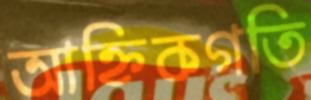
আহ্নিকগতি